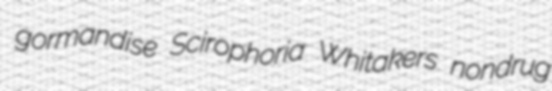
gormandise Scirophoria Whitakers nondrug